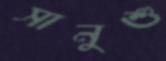
সানুশু